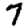
Digit: 7